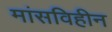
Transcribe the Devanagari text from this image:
मांसविहीन